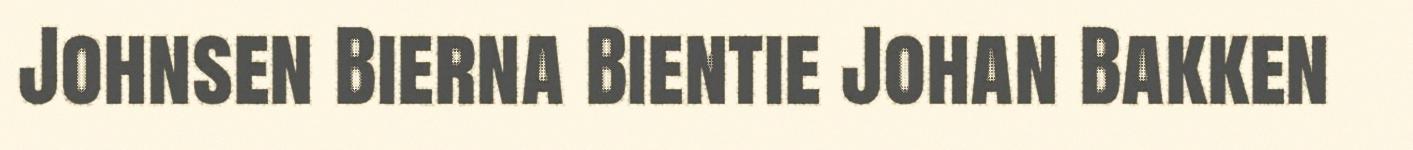
Johnsen Bierna Bientie Johan Bakken